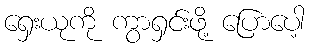
ရှေးယုကို ကွာရှင်းဖို့ ပြောပေါ့